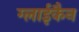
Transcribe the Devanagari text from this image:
ग्लाईकैन